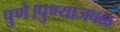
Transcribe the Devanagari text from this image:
पुणे।पुण्याजवळ